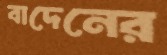
বাদেনের